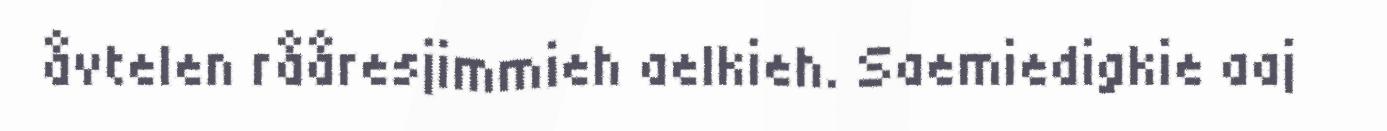
åvtelen rååresjimmieh aelkieh. Saemiedigkie aaj